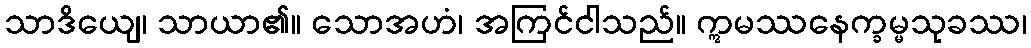
သာဒိယျေ၊ သာယာ၏။ သောအဟံ၊ အကြင်ငါသည်။ ဣမဿနေက္ခမ္မသုခဿ၊